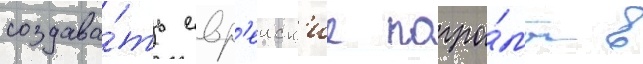
создава́ть евр'еиск'ие погро́мы в